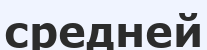
средней